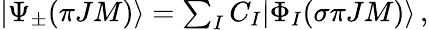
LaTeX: \begin{array}{r}{|\Psi_{\pm}({\pi}JM)\rangle=\sum_{I}{C_{I}|\Phi_{I}(\sigma{\pi}JM)\rangle}\, ,}\end{array}